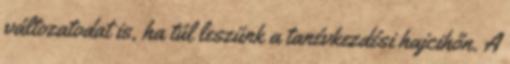
változatodat is, ha túl leszünk a tanévkezdési hajcihőn. A